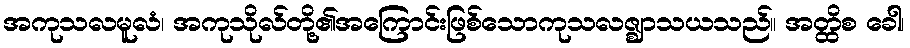
အကုသလမူလံ၊ အကုသိုလ်တို့၏အကြောင်းဖြစ်သောကုသလဇ္ဈာသယသည်။ အတ္ထိစ ခေါ၊